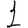
Digit: 1